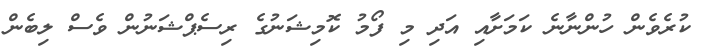
ކުރެވެން ހުންނާނެ ކަމަށާއި އަދި މި ފޯމު ކޮމިޝަނުގެ ރިސެޕްޝަނުން ވެސް ލިބެން